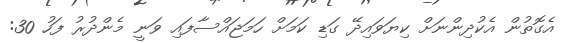
އެގޮތުން އެކުދިންނަށް ކިޔަވައިދޭ ގަޑި ކަމަށް ހަމަޖައްސާފައި ވަނީ މެންދުރު ފަހު 30: